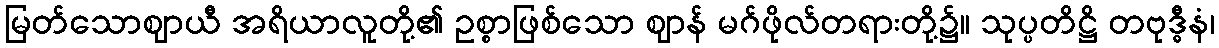
မြတ်သောဈာယီ အရိယာလူတို့၏ ဥစ္စာဖြစ်သော ဈာန် မဂ်ဖိုလ်တရားတို့၌။ သုပ္ပတိဋ္ဌိ တဗုဒ္ဓီနံ၊